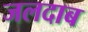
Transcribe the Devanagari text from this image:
जलदाब